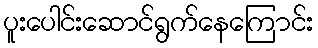
ပူးပေါင်းဆောင်ရွက်နေကြောင်း